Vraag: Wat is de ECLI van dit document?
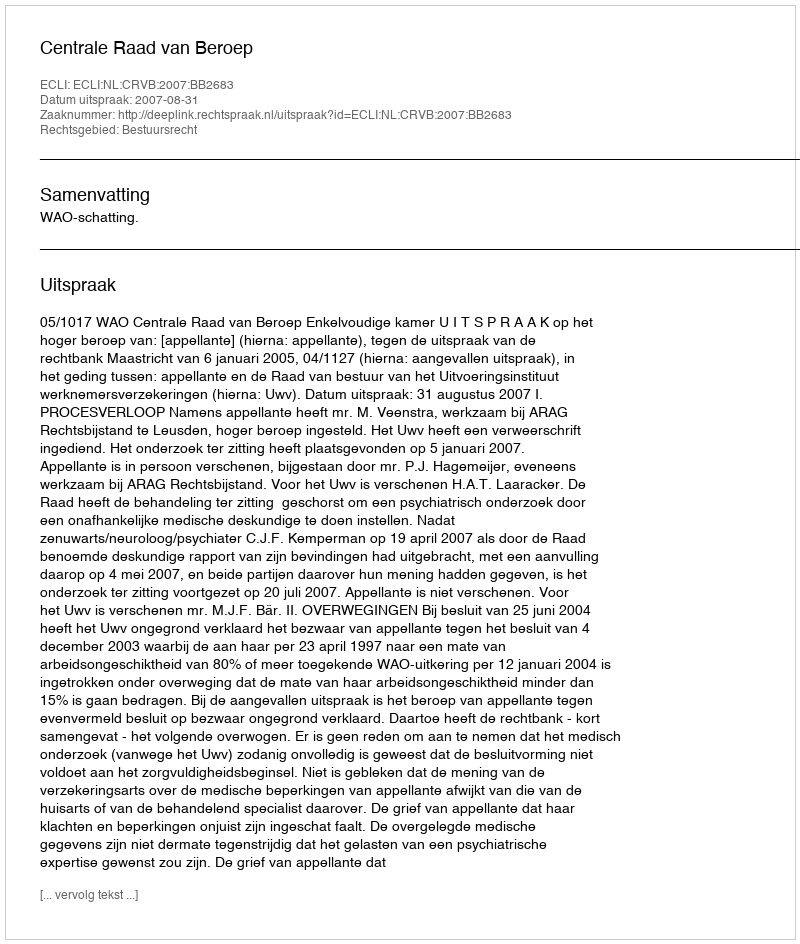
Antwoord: ECLI:NL:CRVB:2007:BB2683